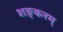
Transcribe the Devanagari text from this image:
शङ्करम्